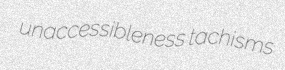
unaccessibleness tachisms